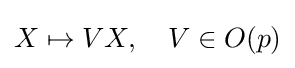
X\mapsto VX,\quad V\in O(p)